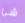
شئ